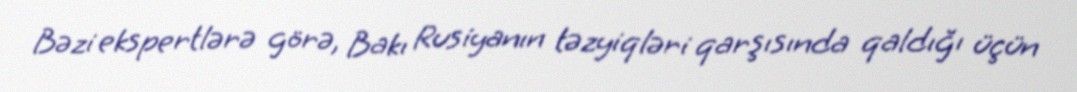
Bəzi ekspertlərə görə, Bakı Rusiyanın təzyiqləri qarşısında qaldığı üçün